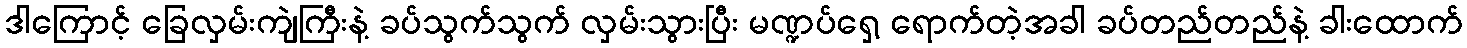
ဒါကြောင့် ခြေလှမ်းကျဲကြီးနဲ့ ခပ်သွက်သွက် လှမ်းသွားပြီး မဏ္ဍပ်ရှေ့ ရောက်တဲ့အခါ ခပ်တည်တည်နဲ့ ခါးထောက်